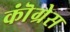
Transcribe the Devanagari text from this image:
कॊंग्रेस